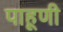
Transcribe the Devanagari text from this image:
पाहूणी